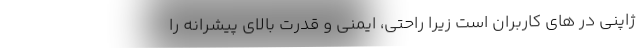
ژاپنی در های کاربران است زیرا راحتی، ایمنی و قدرت بالای پیشرانه را